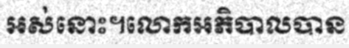
អស់នោះ។លោកអភិបាលបាន